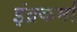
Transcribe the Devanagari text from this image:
इंद्रकर्मा